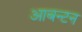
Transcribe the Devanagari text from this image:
आबन्टन